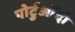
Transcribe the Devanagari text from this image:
पोर्टुओंदो